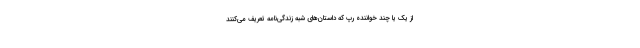
از یک یا چند خواننده رپ که داستان‌های شبه زندگی‌نامه تعریف می‌کنند